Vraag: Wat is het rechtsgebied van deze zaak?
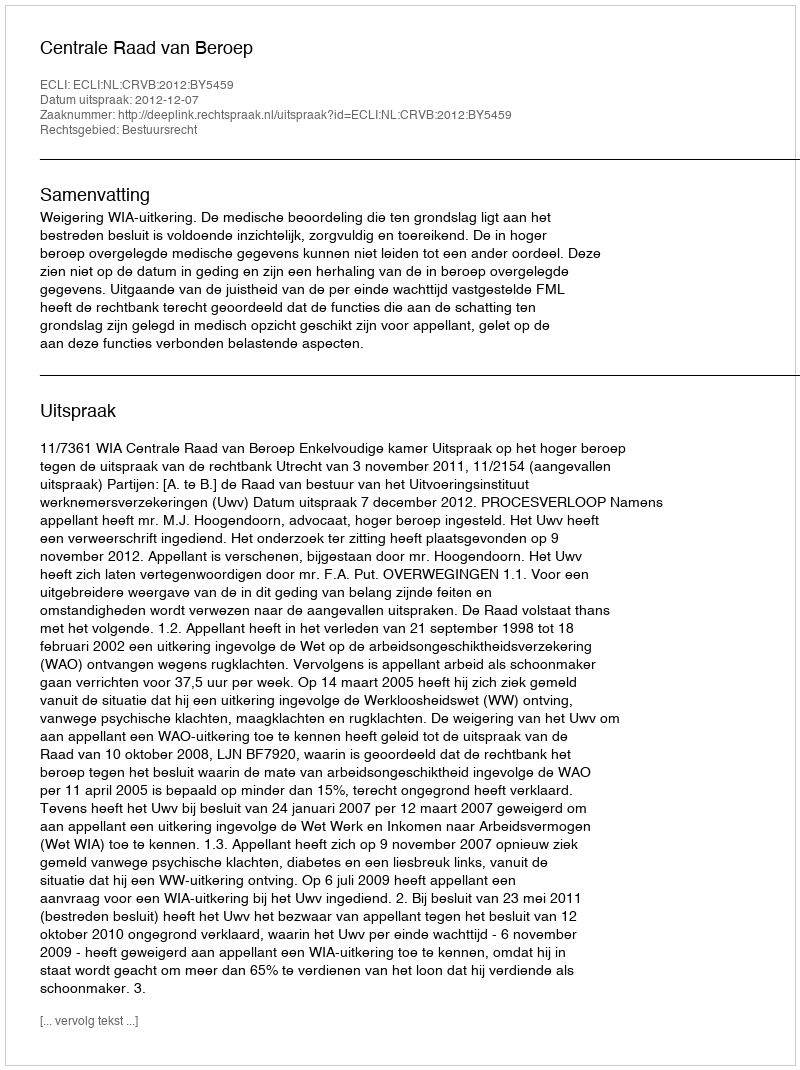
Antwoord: Bestuursrecht